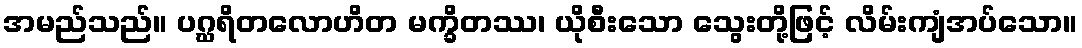
အမည်သည်။ ပဂ္ဃရိတလောဟိတ မက္ခိတဿ၊ ယိုစီးသော သွေးတို့ဖြင့် လိမ်းကျံအပ်သော။